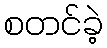
စတင်ခဲ့